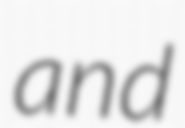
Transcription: and